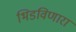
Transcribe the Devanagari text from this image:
भिडविणारा